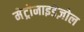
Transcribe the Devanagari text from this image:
मेट्रोनाइडेज़ोल